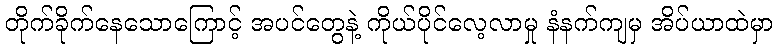
တိုက်ခိုက်နေသောကြောင့် အပင်တွေနဲ့ ကိုယ်ပိုင်လေ့လာမှု နံနက်ကျမှ အိပ်ယာထဲမှာ